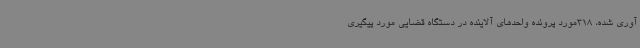
آوری شده، 318مورد پرونده واحدهای آلاینده در دستگاه قضایی مورد پیگیری